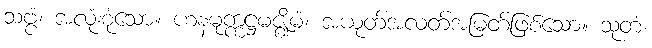
သဗ္ဗံ၊ အလုံးစုံသော။ ဟနမုက္ကဋ္ဌမဇ္ဈိမံ၊ အယုတ်အလတ်အမြတ်ဖြစ်သော။ သုတံ၊